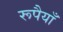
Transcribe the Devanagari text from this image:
रूपैयाँ